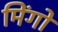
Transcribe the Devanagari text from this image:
मिंगों